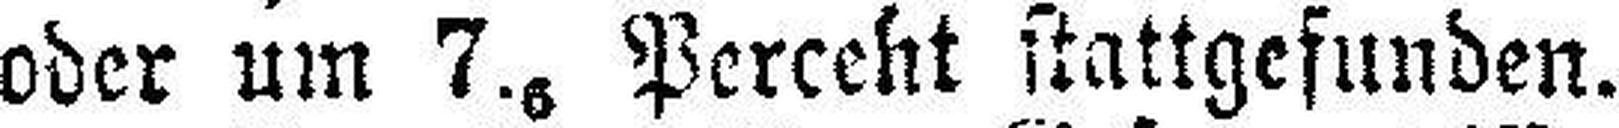
oder um 7.6 Perceht stattgefunden.